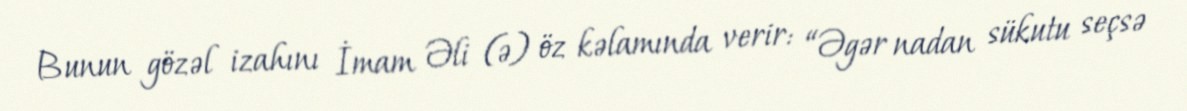
Bunun gözəl izahını İmam Əli (ə) öz kəlamında verir: “Əgər nadan sükutu seçsə